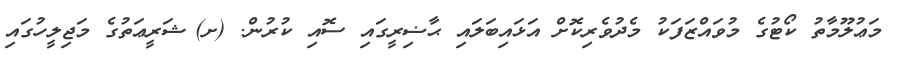
މަޢުލޫމާތު ކޯޓުގެ މުވައްޒަފަކު މެދުވެރިކޮށް އަޅައިބަލައި ޙާޟިރީގައި ސޮއި ކުރުން. (ށ)	ޝަރީޢަތުގެ މަޖިލީހުގައި